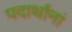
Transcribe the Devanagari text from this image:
पदार्थानां